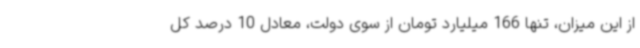
از این میزان، تنها 166 میلیارد تومان از سوی دولت، معادل 10 درصد کل